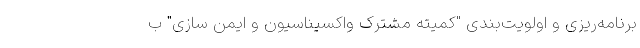
برنامه‌ریزی و اولویت‌بندی "کمیته مشترک واکسیناسیون و ایمن سازی" ب